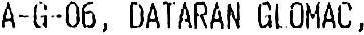
A-G-06, DATARAN GLOMAC,